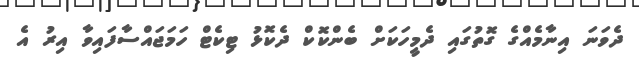
ދެވަނަ އިނާމެއްގެ ގޮތުގައި ދެމީހަކަށް ބެންކޮކް ދެކޮޅު ޓިކެޓް ހަމަޖައްސާފައިވާ އިރު އެ